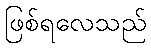
ဖြစ်ရလေသည်